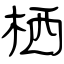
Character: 栖